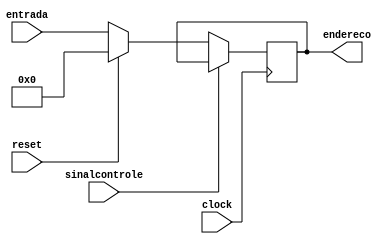
module pc(entrada, clock, endereco, sinalcontrole, reset);
input wire clock, sinalcontrole, reset;
input wire [7:0] entrada;
reg [7:0] contador; // Contador do PC
output wire [7:0] endereco; // Endereo de memria
initial begin
 contador = 8'b00000000;
end
always @(posedge clock) begin
 if(sinalcontrole == 0) begin
	if (reset) begin
		contador = 8'b00000000;
	end
   else begin
		contador = entrada; // contador = entrada
	end
 end
end
assign endereco = contador; // endereo recebe o valor do contador
endmodule